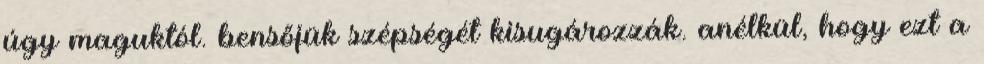
úgy maguktól. bensőjük szépségét kisugározzák. anélkül, hogy ezt a